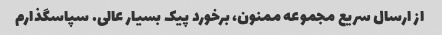
از ارسال سریع مجموعه ممنون، برخورد پیک بسیار عالی. سپاسگذارم